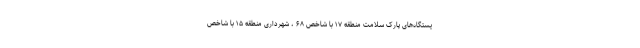
یستگاه‌های پارک سلامت منطقه ۱۷ با شاخص ۶۸ ، شهرداری منطقه ۱۵ با شاخص